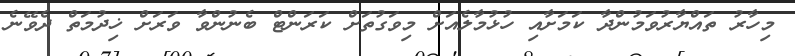
މިހާރު ތައްޔާރުވަމުންދާ ކަމަށާއި ހުޅުމާލެއަށް މިވަގުތަށް ކަރަންޓް ބެނުންވާ ވަރަށް ޚިދުމަތް ދެވޭނެ